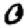
Digit: 0